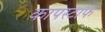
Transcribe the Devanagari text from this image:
कापस्टाफ